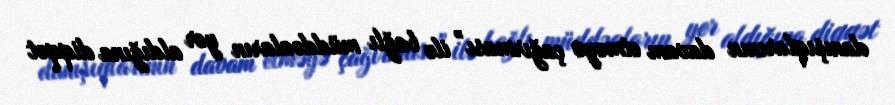
danışıqlarının davam etməyə çağırması” ilə bağlı müddəaların yer aldığına diqqət